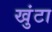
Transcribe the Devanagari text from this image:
खुंटा